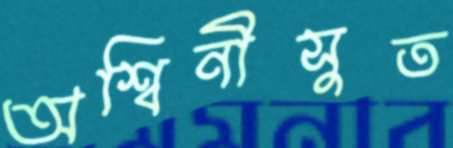
অশ্বিনীসুত